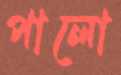
পালো